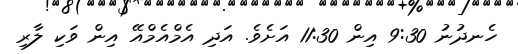
ހެނދުނު 9:30 އިން 11:30 އަށެވެ. އަދި އެމްއެމްއޭ އިން ވަކި ލާރި